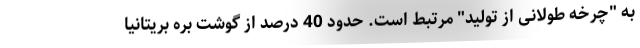
به "چرخه طولانی از تولید" مرتبط است. حدود 40 درصد از گوشت بره بریتانیا